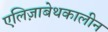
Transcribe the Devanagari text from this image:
एलिज़ाबेथकालीन